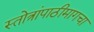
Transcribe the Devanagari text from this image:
स्तोत्रांपाठीमागचा